Annual report of the Imperial Bacteriologist
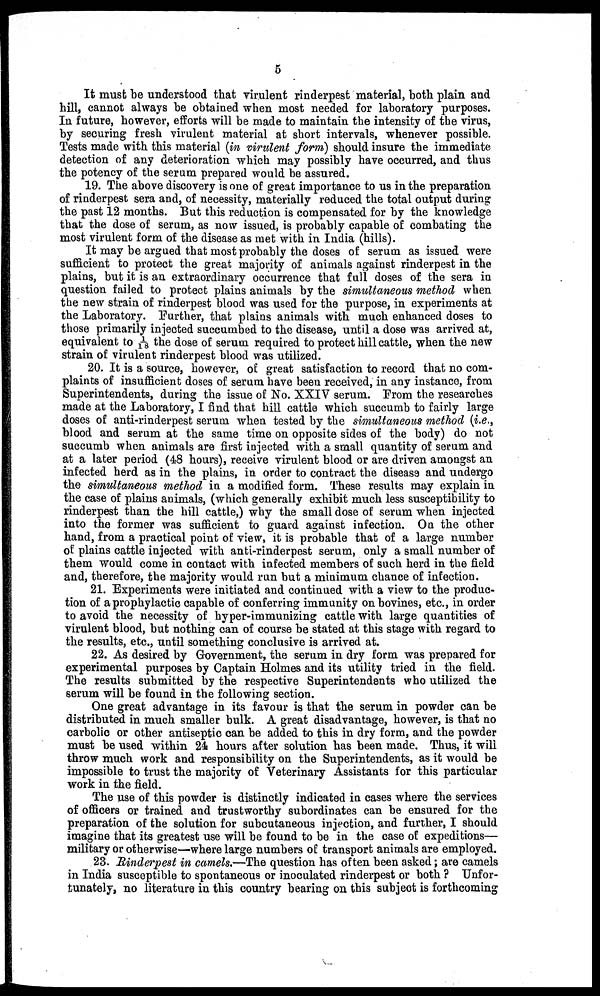
5
It must be understood that virulent rinderpest material, both plain and
hill, cannot always be obtained when most needed for laboratory purposes.
In future, however, efforts will be made to maintain the intensity of the virus,
by securing fresh virulent material at short intervals, whenever possible.
Tests made with this material (in virulent form) should insure the immediate
detection of any deterioration which may possibly have occurred, and thus
the potency of the serum prepared would be assured.
19. The above discovery is one of great importance to us in the preparation
of rinderpest sera and, of necessity, materially reduced the total output during
the past 12 months. But this reduction is compensated for by the knowledge
that the dose of serum, as now issued, is probably capable of combating the
most virulent form of the disease as met with in India (hills).
It may be argued that most probably the doses of serum as issued were
sufficient to protect the great majority of animals against rinderpest in the
plains, but it is an extraordinary occurrence that full doses of the sera in
question failed to protect plains animals by the simultaneous method when
the new strain of rinderpest blood was used for the purpose, in experiments at
the Laboratory. Further, that plains animals with much enhanced doses to
those primarily injected succumbed to the disease, until a dose was arrived at,
equivalent to 1/18 the dose of serum required to protect hill cattle, when the new
strain of virulent rinderpest blood was utilized.
20. It is a source, however, of great satisfaction to record that no com-
plaints of insufficient doses of serum have been received, in any instance, from
Superintendents, during the issue of No. XXIV serum. From the researches
made at the Laboratory, I find that hill cattle which succumb to fairly large
doses of anti-rinderpest serum when tested by the simultaneous method (i.e.,
blood and serum at the same time on opposite sides of the body) do not
succumb when animals are first injected with a small quantity of serum and
at a later period (48 hours), receive virulent blood or are driven amongst an
infected herd as in the plains, in order to contract the disease and undergo
the simultaneous method in a modified form. These results may explain in
the case of plains animals, (which generally exhibit much less susceptibility to
rinderpest than the hill cattle,) why the small dose of serum when injected
into the former was sufficient to guard against infection. On the other
hand, from a practical point of view, it is probable that of a large number
of plains cattle injected with anti-rinderpest serum, only a small number of
them would come in contact with infected members of such herd in the field
and, therefore, the majority would run but a minimum chance of infection.
21. Experiments were initiated and continued with a view to the produc-
tion of a prophylactic capable of conferring immunity on bovines, etc., in order
to avoid the necessity of hyper-immunizing cattle with large quantities of
virulent blood, but nothing can of course be stated at this stage with regard to
the results, etc., until something conclusive is arrived at.
22. As desired by Government, the serum in dry form was prepared for
experimental purposes by Captain Holmes and its utility tried in the field.
The results submitted by the respective Superintendents who utilized the
serum will be found in the following section.
One great advantage in its favour is that the serum in powder can be
distributed in much smaller bulk. A great disadvantage, however, is that no
carbolic or other antiseptic can be added to this in dry form, and the powder
must be used within 24 hours after solution has been made. Thus, it will
throw much work and responsibility on the Superintendents, as it would be
impossible to trust the majority of Veterinary Assistants for this particular
work in the field.
The use of this powder is distinctly indicated in cases where the services
of officers or trained and trustworthy subordinates can be ensured for the
preparation of the solution for subcutaneous injection, and further, I should
imagine that its greatest use will be found to be in the case of expeditions—
military or otherwise—where large numbers of transport animals are employed.
23. Rinderpest in camels.—The question has often been asked; are camels
in India susceptible to spontaneous or inoculated rinderpest or both ? Unfor-
tunately, no literature in this country bearing on this subject is forthcoming